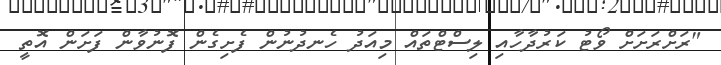
"ރަށްރަށަށް ވޯޓު ކަރުދާހާއި ލިސްޓްތައް މިއަދު ހެނދުނުން ފެށިގެން ފޮނުވާން ފަށަން އޮތީ